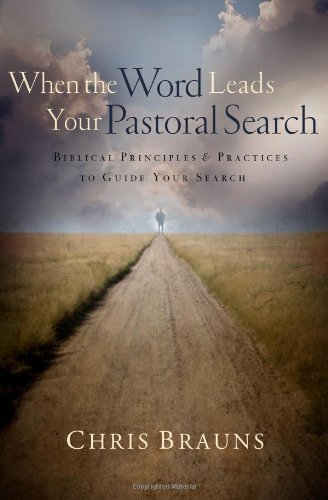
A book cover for When the Word Leads Your Pastoral Search: Biblical Principles and Practices to Guide Your Search; Chris Brauns; Christian Books & Bibles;